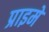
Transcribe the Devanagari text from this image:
प्राइमे